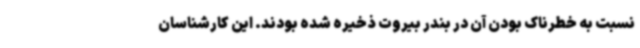
نسبت به خطرناک بودن آن در بندر بیروت ذخیره شده بودند. این کارشناسان